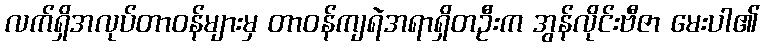
လက်ရှိအလုပ်တာဝန်များမှ တာဝန်ကျရဲအရာရှိတဦးက အွန်လိုင်းဗီဇာ မေးပါ၏